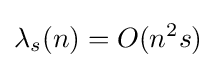
\lambda _{s}(n)=O(n^{2}s)